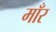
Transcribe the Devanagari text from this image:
माँर